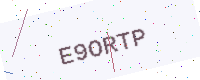
Text: E9ORTP